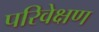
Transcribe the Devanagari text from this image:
परिवेक्षण